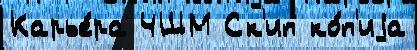
Карье́ра ЧШМ Ск'ип ко́п'иjа